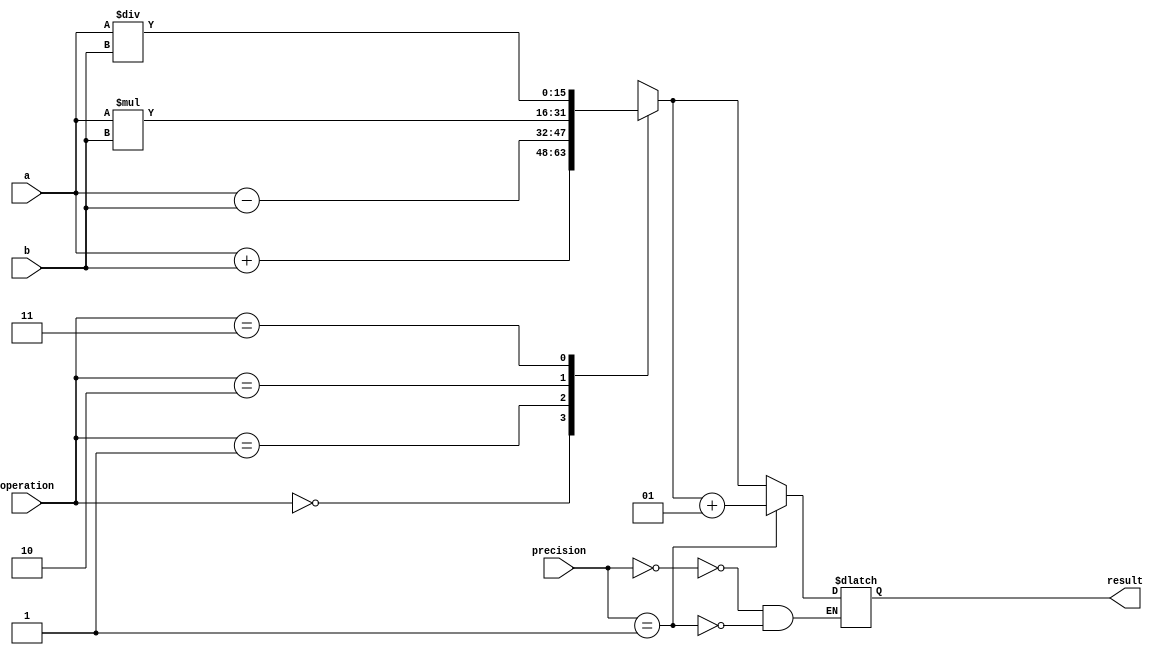
module fixed_point_unit (
    input signed [15:0] a,
    input signed [15:0] b,
    input [3:0] precision,
    input [1:0] operation,
    output reg signed [15:0] result
);

reg signed [15:0] temp_result;

always @(*) begin
    case(operation)
        2'b00 : temp_result = a + b; // Addition
        2'b01 : temp_result = a - b; // Subtraction
        2'b10 : temp_result = a * b; // Multiplication
        2'b11 : temp_result = a / b; // Division
    endcase
end

always @(*) begin
    case(precision)
        4'b0000 : result = temp_result; // No rounding
        4'b0001 : result = temp_result + 0.5; // Round to nearest
        // Add more precision options as needed
    endcase
end

endmodule